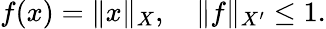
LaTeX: f(x)=\| x\| _{X},\quad\| f\| _{X^{\prime}}\leq 1.